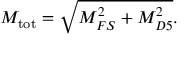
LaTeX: M _ { \mathrm { t o t } } = \sqrt { M _ { F S } ^ { 2 } + M _ { D 5 } ^ { 2 } } .